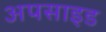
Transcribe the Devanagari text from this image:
अपसाइड